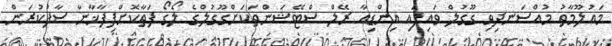
މައުލޫމާތު މުއްސަނދިވި ގޫގުލް ވައިފައި އިންޑިއާ ރޭލް ސްޓޭޝަންތަކަށްގޫގުލްގެ ލޯގޯ ފަތާކޮށްފިފާޚާނާ ސާފުކުރަން